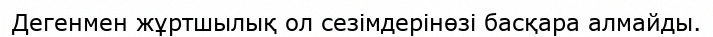
Дегенмен жұртшылық ол сезімдерінөзі басқара алмайды.